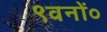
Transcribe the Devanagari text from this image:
९वनों०